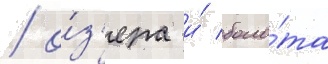
/ о́з'ера и́ боло́та